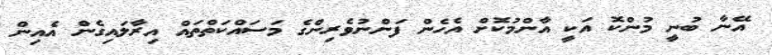
އޭނާ ބުނީ މުންކޮ އަކީ އާންމުކޮށް އެހެން ފަންނުވެރިންގެ މަސައްކަތްތައް އިރާލައިގެން އެއިން